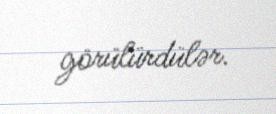
görülürdülər.